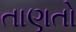
તાણતો